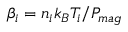
\beta _ { i } = n _ { i } k _ { B } T _ { i } / P _ { m a g }